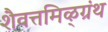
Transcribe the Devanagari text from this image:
शैवत्तमिऴ्‌ग्रंथ